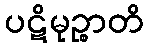
ပဋိမုဉ္စာတိ